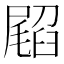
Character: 𭕳